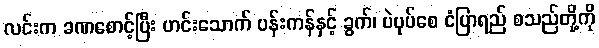
လင်းက ခဏစောင့်ပြီး ဟင်းသောက် ပန်းကန်နှင့် ခွက်၊ ပဲပုပ်စေ ငံပြာရည် စသည်တို့ကို